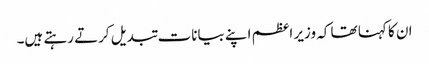
ان کا کہنا تھا کہ وزیر اعظم اپنے بیانات تبدیل کرتے رہتے ہیں۔